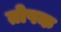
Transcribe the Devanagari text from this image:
तोषक